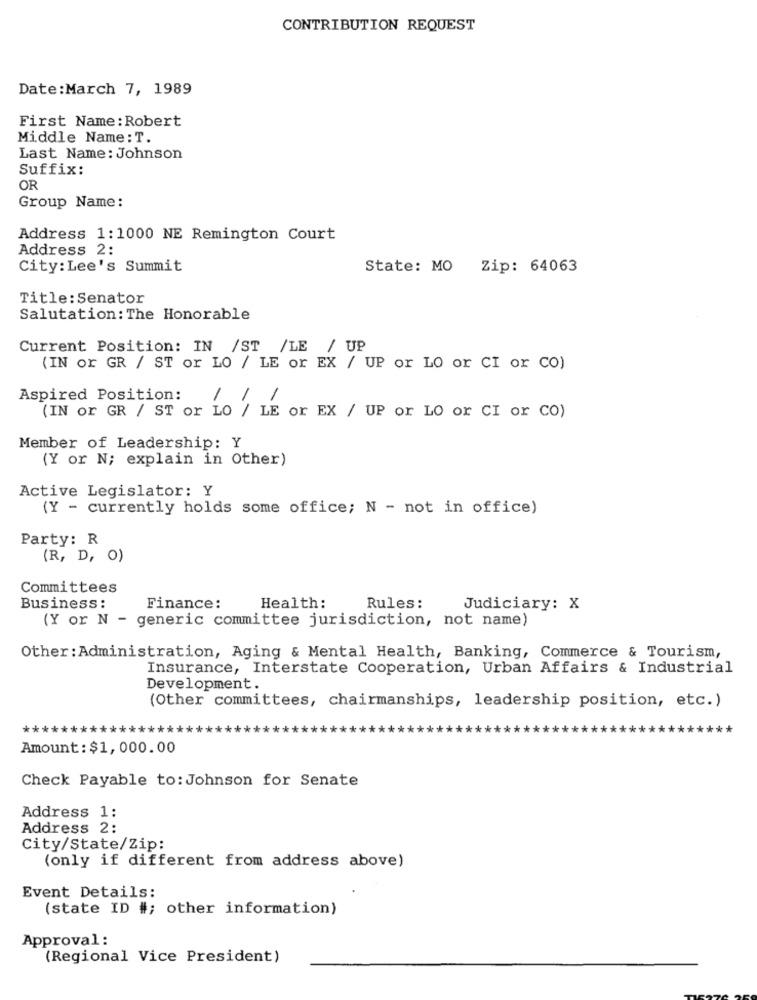
CONTRIBUTION REQUEST
Date:March 7, 1989
First Name : Robert
Middle Name: T.
Last Name: Johnson
Suffix:
OR
Group Name:
Address 1:1000 NE Remington Court
Address 2:
City: Lee's Summit
State: MO Zip: 64063
Title: Senator
Salutation: The Honorable
Current Position: IN /ST /LE / UP
(IN or GR / ST or LO / LE or EX / UP or LO or CI or CO)
Aspired Position:
//
1
(IN or GR / ST or LO / LE or EX / UP or LO or CI or CO)
Member of Leadership: Y
(Y or N; explain in Other)
Active Legislator: Y
(Y - currently holds some office; N - not in office)
Party: R
(R, D, O)
Committees
Business:
Finance:
Health:
Rules:
Judiciary: X
(Y or N - generic committee jurisdiction, not name)
Other : Administration, Aging & Mental Health, Banking, Commerce & Tourism,
Insurance, Interstate Cooperation, Urban Affairs & Industrial
Development.
(Other committees, chairmanships, leadership position, etc.)
Amount : $1, 000.00
Check Payable to: Johnson for Senate
Address 1:
Address 2:
City/State/Zip:
(only if different from address above)
Event Details:
(state ID #; other information)
Approval :
(Regional Vice President)